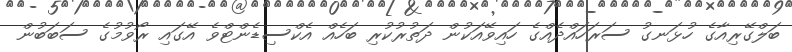
ބަލްގޭރިއާގެ ހުޅަނގު ސަރަހައްދެއްގެ ހައިވޭއަކުން ދަތުރުކުރި ބަހެއް އެކްސިޑެންޓްވެ އޭގައި ރޯވުމުގެ ސަބަބުން